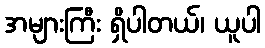
အများကြီး ရှိပါတယ်၊ ယူပါ